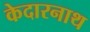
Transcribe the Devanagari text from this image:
केदारनाथ